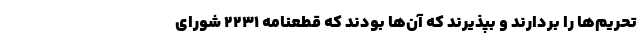
تحریم‌ها را بردارند و بپذیرند که آن‌ها بودند که قطعنامه ۲۲۳۱ شورای